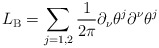
\begin{align*}L_{{\rm B}}= \sum_{j=1,2} \frac{1}{2 \pi} \partial_{\nu}\theta^j\partial^{\nu}\theta^j\end{align*}